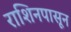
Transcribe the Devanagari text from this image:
राशिनपासून